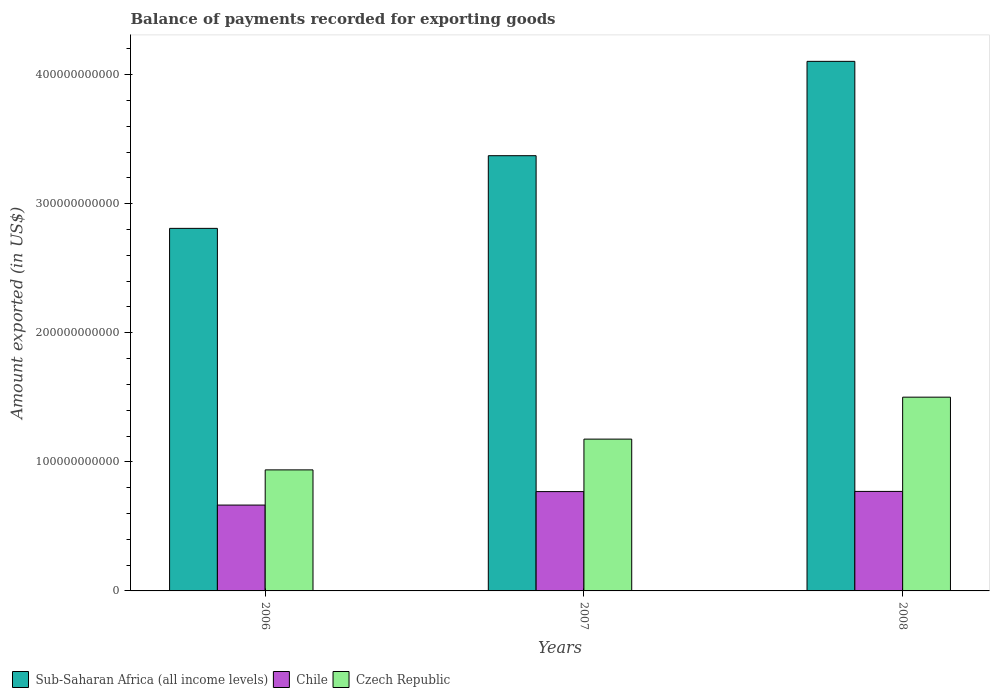
| Years | Sub-Saharan Africa (all income levels) | Chile | Czech Republic |
 | --- | --- | --- | --- |
 | 2006 | 2.81e+11 | 6.65e+10 | 9.38e+10 |
 | 2007 | 3.37e+11 | 7.69e+10 | 1.18e+11 |
 | 2008 | 4.1e+11 | 7.71e+10 | 1.5e+11 |